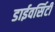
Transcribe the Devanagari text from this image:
डाईवर्सिटी